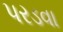
પરડવા